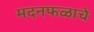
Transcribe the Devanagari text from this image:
मदनफळाचे